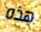
هذه